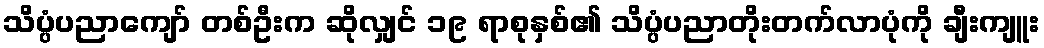
သိပ္ပံပညာကျော် တစ်ဦးက ဆိုလျှင် ၁၉ ရာစုနှစ်၏ သိပ္ပံပညာတိုးတက်လာပုံကို ချီးကျူး